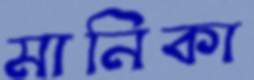
মানিকা